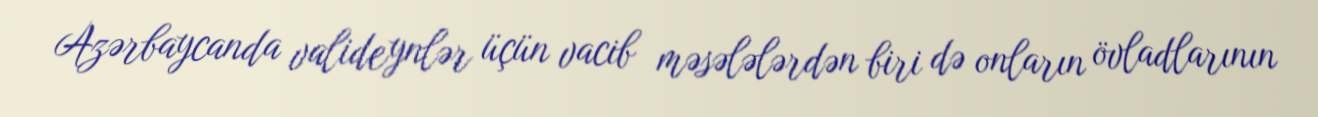
Azərbaycanda valideynlər üçün vacib məsələlərdən biri də onların övladlarının